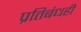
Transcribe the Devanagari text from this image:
प्रतिबंधही